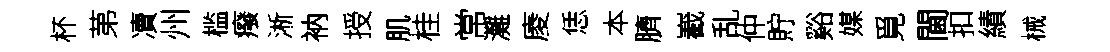
杯苐凟州槛癈淅衲授肌桂常灘庱恁本臍嶻乱仲貯谿媒覓閫扣績械